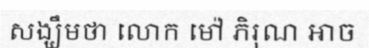
សង្ឃឹមថា លោក ម៉ៅ ភិរុណ អាច